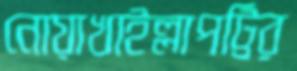
নোয়াখাইল্লাপট্টির